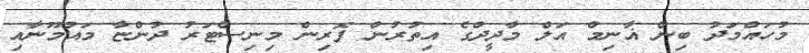
މުހައްމަދު ބިން ޣާނިމް އަލް މާދީދްގެ އިތުރުން ފޮރިން މިނިސްޓަރު ދުންޏާ މައުމޫނާއި